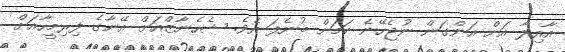
އާއިލާ އަށް އަންގަން ނުޖެހޭނެ ކަމަށް ބުނެފަ އެވެ. ޝެހެނާޒްއަށް އޭނާގެ ފިރިމީހާއަށް